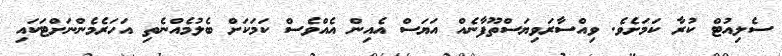
ސެލިއުޓް ކުރާ ކަމަށެވެ. ވިއްސާރަވިޔަސްތޫފާނެއް އަޔަސް އެއިން އެއްވެސް ކަމަކަށް ބެލުމެއްނެތި އަހަރެމެންނަށްޓަކައި